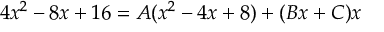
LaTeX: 4 x ^ { 2 } - 8 x + 1 6 = A ( x ^ { 2 } - 4 x + 8 ) + ( B x + C ) x